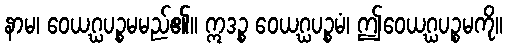
နာမ၊ ဝေယဂ္ဃပဉ္စမမည်၏။ ဣဒဉ္စ ဝေယဂ္ဃပဉ္စမံ၊ ဤဝေယဂ္ဃပဉ္စမကို။